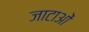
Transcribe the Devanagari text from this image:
जाटाओं